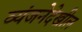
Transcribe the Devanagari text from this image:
व्यंजनेदेखील